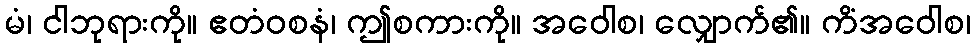
မံ၊ ငါဘုရားကို။ ဧတံဝစနံ၊ ဤစကားကို။ အဝေါစ၊ လျှောက်၏။ ကိံအဝေါစ၊